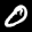
Label: 0